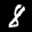
Label: 8